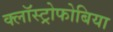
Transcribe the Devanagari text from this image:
क्लॉस्ट्रोफोबिया